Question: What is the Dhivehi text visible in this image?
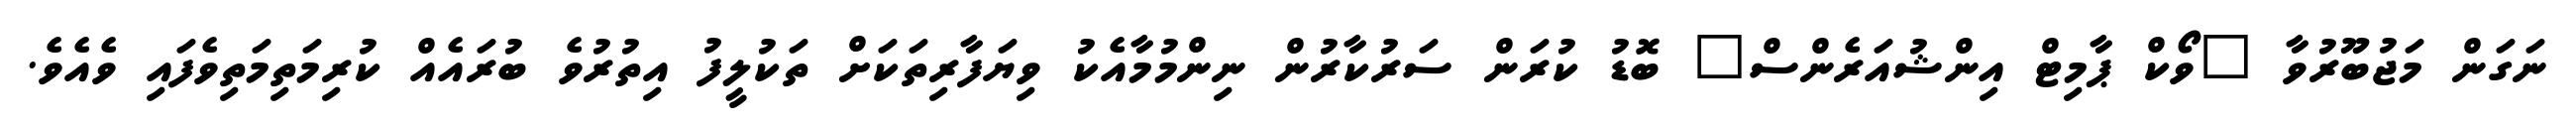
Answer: ނަގަން މަޖުބޫރުވާ "ވޯކް ޕާމިޓް އިންޝުއަރެންސް" ބޮޑު ކުރަން ސަރުކާރުން ނިންމުމާއެކު ވިޔަފާރިތަކަށް ތަކުލީފު އިތުރުވެ ބުރައެއް ކުރިމަތިމަތިވެފައި ވެއެވެ.